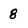
Character: 8